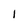
Character: 1